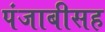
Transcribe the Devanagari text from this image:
पंजाबीसह